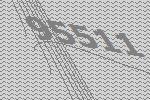
95511